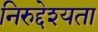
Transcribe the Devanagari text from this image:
निरुद्देश्यता